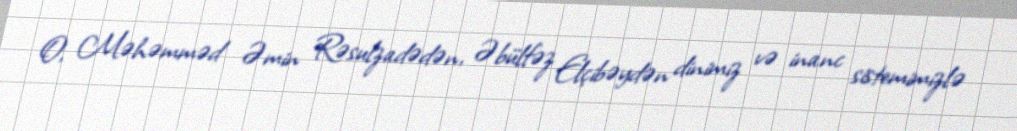
O, Məhəmməd Əmin Rəsulzadədən, Əbülfəz Elçibəydən dinimiz və inanc sistemimizlə